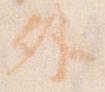
外